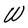
Character: W